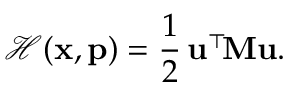
\mathcal { H } ( \mathbf { x } , \mathbf { p } ) = \frac 1 2 \, \mathbf { u } ^ { \top } \! \mathbf { M } \mathbf { u } .